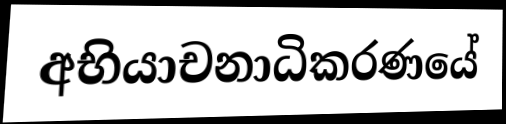
අභියාචනාධිකරණයේ